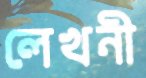
লেখনী